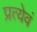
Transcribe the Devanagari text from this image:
प्रत्येवं